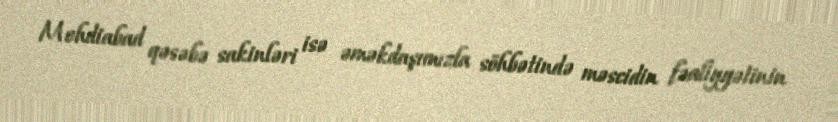
Mehdiabad qəsəbə sakinləri isə əməkdaşımızla söhbətində məscidin fəaliyyətinin